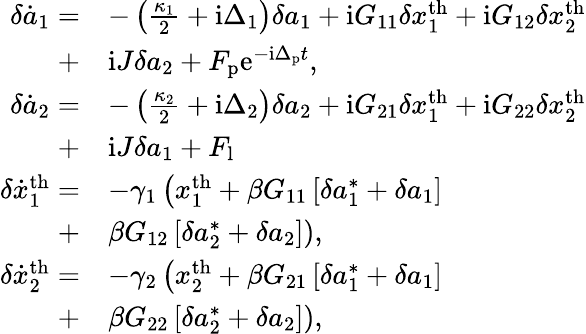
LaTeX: \begin{array}{rl}{\delta\dot{a}_{1}=}&{-\left(\frac{\kappa_{1}}{2}+\mathrm{i}\Delta_{1}\right)\delta a_{1}+\mathrm{i}G_{11}\delta x_{1}^{\mathrm{th}}+\mathrm{i}G_{12}\delta x_{2}^{\mathrm{th}}}\\ {+}&{\mathrm{i}J\delta a_{2}+F_{\mathrm{p}}\mathrm{e}^{-\mathrm{i}\Delta_{\mathrm{p}}t},}\\ {\delta\dot{a}_{2}=}&{-\left(\frac{\kappa_{2}}{2}+\mathrm{i}\Delta_{2}\right)\delta a_{2}+\mathrm{i}G_{21}\delta x_{1}^{\mathrm{th}}+\mathrm{i}G_{22}\delta x_{2}^{\mathrm{th}}}\\ {+}&{\mathrm{i}J\delta a_{1}+F_{\mathrm{l}}}\\ {\delta\dot{x}_{1}^{\mathrm{th}}=}&{-\gamma_{1}\left(x_{1}^{\mathrm{th}}+\beta G_{11}\left[\delta a_{1}^{*}+\delta a_{1}\right]\right.}\\ {+}&{\left.\beta G_{12}\left[\delta a_{2}^{*}+\delta a_{2}\right]\right),}\\ {\delta\dot{x}_{2}^{\mathrm{th}}=}&{-\gamma_{2}\left(x_{2}^{\mathrm{th}}+\beta G_{21}\left[\delta a_{1}^{*}+\delta a_{1}\right]\right.}\\ {+}&{\left.\beta G_{22}\left[\delta a_{2}^{*}+\delta a_{2}\right]\right),}\end{array}